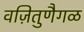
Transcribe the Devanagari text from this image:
वज़ितुणैगळ